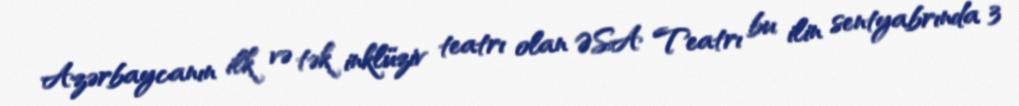
Azərbaycanın ilk və tək inklüziv teatrı olan ƏSA Teatrı bu ilin sentyabrında 3